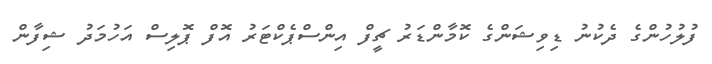
ފުލުހުންގެ ދެކުނު ޑިވިޝަންގެ ކޮމާންޑަރު ޗީފް އިންސްޕެކްޓަރު އޮފް ޕޮލިސް އަހުމަދު ޝިފާން